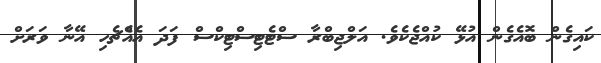
ކައިގެން ބޮއެގެން އުޅޭ ކުއްޖެކެވެ. އަލްޖިބްރާ ސްޓެޓިސްޓިކްްސް ފަދަ އެއްެޗެހި އޭނާ ވަރަށް